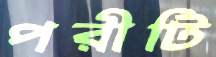
পরীটি